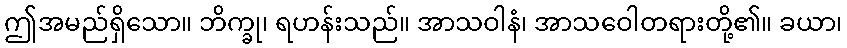
ဤအမည်ရှိသော။ ဘိက္ခု၊ ရဟန်းသည်။ အာသဝါနံ၊ အာသဝေါတရားတို့၏။ ခယာ၊